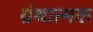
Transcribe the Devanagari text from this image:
ग्रंथात्मक